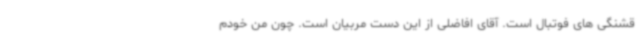
قشنگی های فوتبال است. آقای افاضلی از این دست مربیان است. چون من خودم